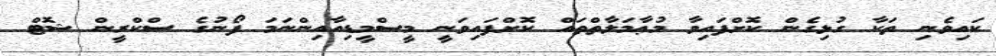
ކައިވެނި ތަކާ ގުޅިގެން ކޮށްފައިވާ މުޢާމަލާތްތައް ކޮށްފައިވަނީ މީސްމީޑިއާއިންނަމަ ފޯނުގެ ސްކްރީން ޝޮޓް